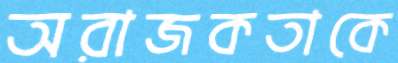
অরাজকতাকে